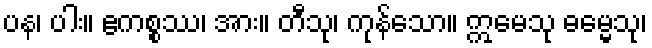
ပန၊ ပါး။ ဧကစ္စဿ၊ အား။ တီသု၊ ကုန်သော။ ဣမေသု ဓမ္မေသု၊